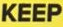
KEEP